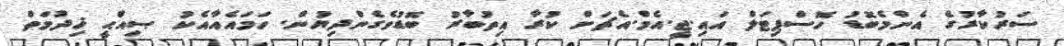
ސަރުކާރުގެ އެންމެބޮޑު ހޮސްޕިޓަލް އައި.ޖީ.އެމް.އެޗަށް ކުރާ އިތުބާރު ބޮޑުވެގެންދިޔުން. ހަމައެއާއެކު ޞިއްޙީ ޚިދުމަތް